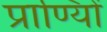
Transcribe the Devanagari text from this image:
प्राण्यिों